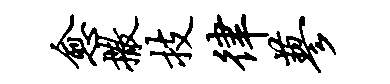
愈撒技律蓼